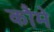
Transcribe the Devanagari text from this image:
कौमे